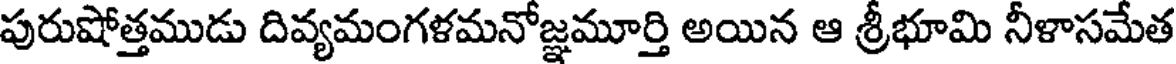
పురుషోత్తముడు దివ్యమంగళమనోజ్ఞమూర్తి అయిన ఆ శ్రీభూమి నీళాసమేత